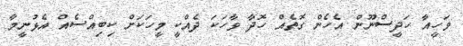
ވަހީއާ ހަދީސްނޫން އެހެން ގޮތެއް ހޮދާ ވާހަކަ ދެއްކީ މީހަކަށް ކިބިއްސެއް އެޅުނީމާ